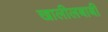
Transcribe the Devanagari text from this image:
खालीलबाबी